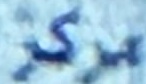
مركز